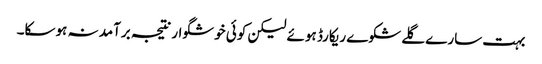
بہت سارے گلے شکوے ریکارڈ ہوئے لیکن کوئی خوشگوار نتیجہ برآمد نہ ہوسکا۔